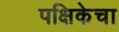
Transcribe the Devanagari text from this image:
पक्षिकेचा